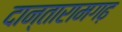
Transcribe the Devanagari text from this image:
दान्तारामगढ़